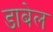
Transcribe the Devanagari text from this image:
डाबेल